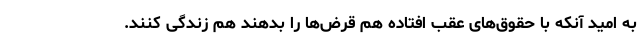
به امید آنکه با حقوق‌های عقب افتاده هم قرض‌ها را بدهند هم زندگی کنند.